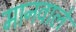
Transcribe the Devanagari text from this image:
मानवाले